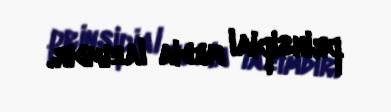
prinsipial media lazımdır.